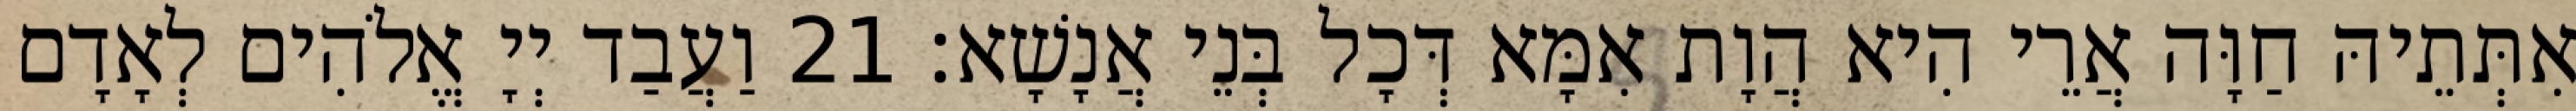
אִתְּתֵיהּ חַוָּה אֲרֵי הִיא הֲוָת אִמָּא דְּכָל בְּנֵי אֲנָשָׁא׃ 21 וַעֲבַד יְיָ אֱלֹהִים לְאָדָם